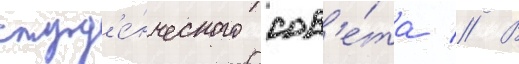
студ'е́нческого сов'е́та // В